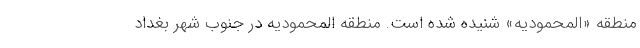
منطقه «المحمودیه» شنیده شده است. منطقه المحمودیه در جنوب شهر بغداد